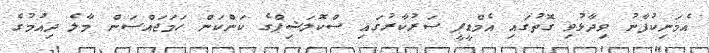
އެމަނިކުފާނު ވިދާޅުވި ގޮތުގައި އެމްޑީޕީ ސަރުކާރުގައި ސްކޮލަޝިޕްގެ ކަންކަން ހަމަޖައްސަން މާލެ ދިއުމުގެ